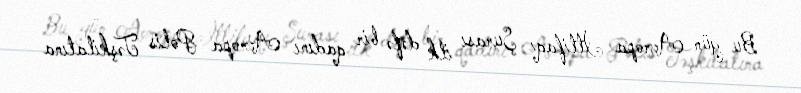
Bu gün Avropa İttifaqı Şurası ilk dəfə bir qadını Avropa Polis Təşkilatına